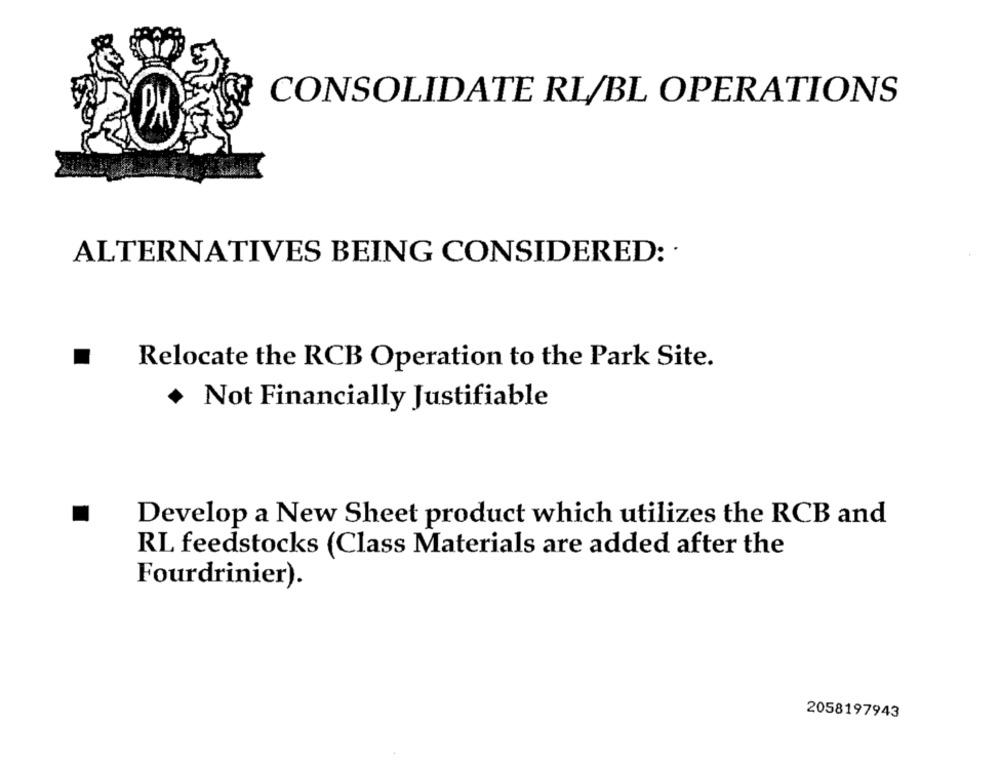
CONSOLIDATE RL/BL OPERATIONS
ALTERNATIVES BEING CONSIDERED: ·
Relocate the RCB Operation to the Park Site.
+ Not Financially Justifiable
Develop a New Sheet product which utilizes the RCB and
RL feedstocks (Class Materials are added after the
Fourdrinier).
2058197943